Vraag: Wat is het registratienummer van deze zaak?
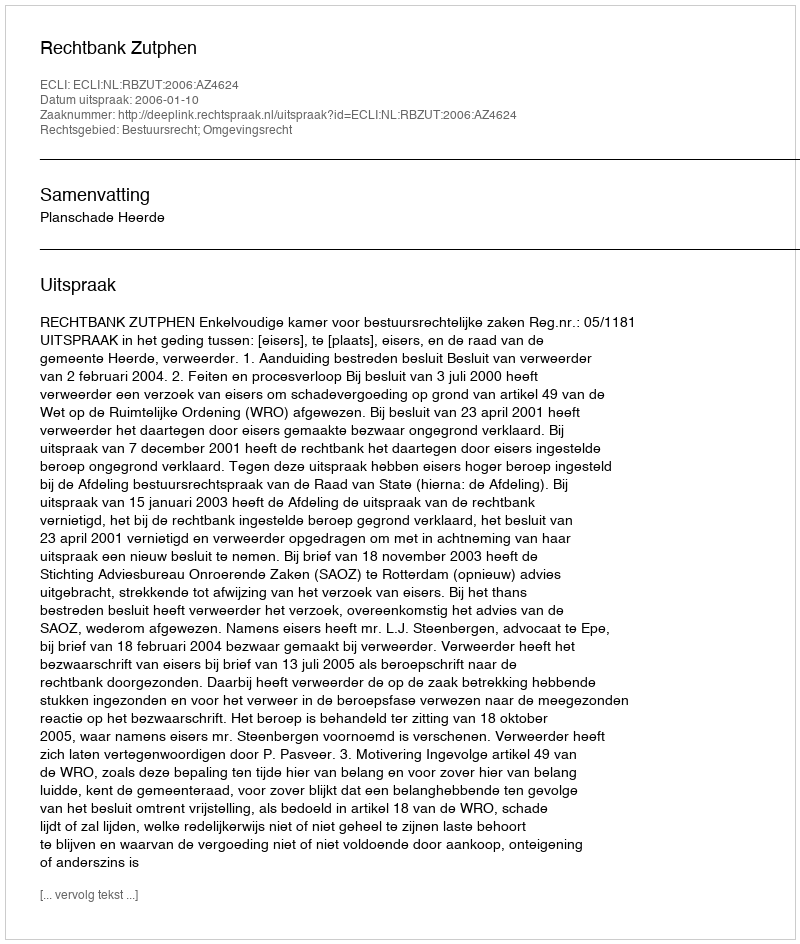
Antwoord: http://deeplink.rechtspraak.nl/uitspraak?id=ECLI:NL:RBZUT:2006:AZ4624